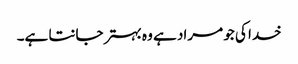
خدا کی جو مراد ہے وہ بہتر جانتا ہے۔